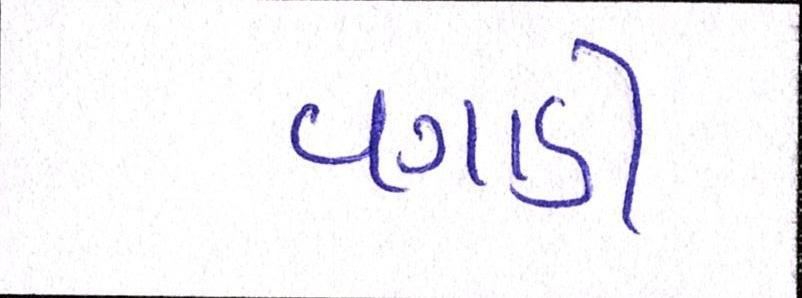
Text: વગાડી